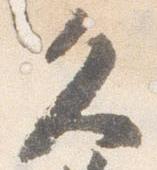
久